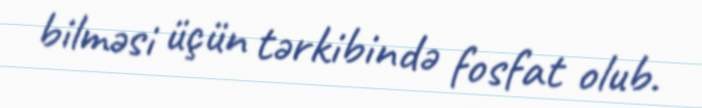
bilməsi üçün tərkibində fosfat olub.